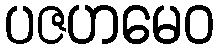
ပဇဟမေဝ